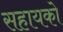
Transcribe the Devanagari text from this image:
सहायको